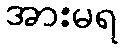
အားမရ